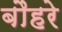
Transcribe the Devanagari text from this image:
बौहरे